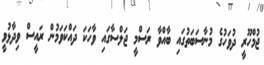
ޖުމްހޫރީ ދުވަހުގެ މުނާސަބަތުގައި ބާއްވާ ރަސްމީ ޖަލްސާގައި ވާހަކަ ދައްކަވަމުން ރައީސް ވިދާޅުވީ